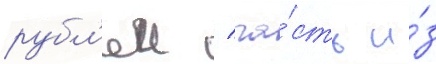
рубл'еи / ча́сть и́з